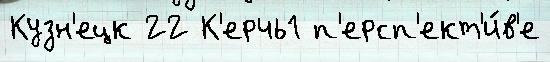
Кузн'ецк 22 К'ерчь1 п'ерсп'ект'и́в'е